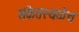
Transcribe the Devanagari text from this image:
संकेतस्थळेच